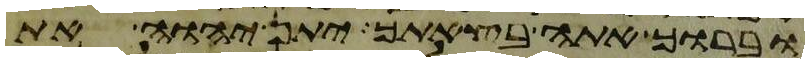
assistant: וברוך אתה בצאתך יתן יהוה את